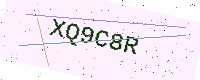
Text: XQ9C8R